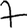
Digit: 7